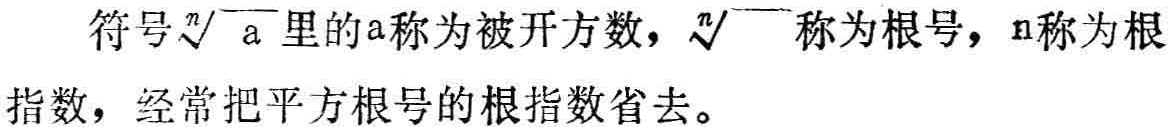
符号$\sqrt[n]{a}$里的$a$称为被开方数，$\sqrt[n]{\quad}$称为根号，$n$称为根指数，经常把平方根号的根指数省去。